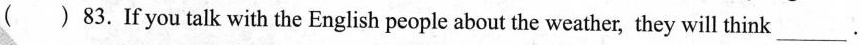
( )83.If you talk with the English people about the weather, they will think ___.